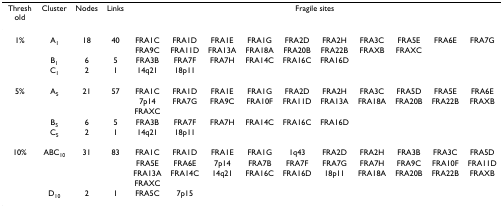
| Threshold | Cluster | Nodes | Links | <COLSPAN=10> Fragile sites |
 | --- | --- | --- | --- | --- | --- | --- | --- | --- | --- | --- | --- | --- | --- |
 | 1% | A1 | 18 | 40 | FRA1C | FRA1D | FRA1E | FRA1G | FRA2D | FRA2H | FRA3C | FRA5E | FRA6E | FRA7G |
 |  |  |  |  | FRA9C | FRA11D | FRA13A | FRA18A | FRA20B | FRA22B | FRAXB | FRAXC |  |  |
 |  | B1 | 6 | 5 | FRA3B | FRA7F | FRA7H | FRA14C | FRA16C | FRA16D |  |  |  |  |
 |  | C1 | 2 | 1 | 14q21 | 18p11 |  |  |  |  |  |  |  |  |
 | 5% | A5 | 21 | 57 | FRA1C | FRA1D | FRA1E | FRA1G | FRA2D | FRA2H | FRA3C | FRA5D | FRA5E | FRA6E |
 |  |  |  |  | 7p14 | FRA7G | FRA9C | FRA10F | FRA11D | FRA13A | FRA18A | FRA20B | FRA22B | FRAXB |
 |  |  |  |  | FRAXC |  |  |  |  |  |  |  |  |  |
 |  | B5 | 6 | 5 | FRA3B | FRA7F | FRA7H | FRA14C | FRA16C | FRA16D |  |  |  |  |
 |  | C5 | 2 | 1 | 14q21 | 18p11 |  |  |  |  |  |  |  |  |
 | 10% | ABC10 | 31 | 83 | FRA1C | FRA1D | FRA1E | FRA1G | 1q43 | FRA2D | FRA2H | FRA3B | FRA3C | FRA5D |
 |  |  |  |  | FRA5E | FRA6E | 7p14 | FRA7B | FRA7F | FRA7G | FRA7H | FRA9C | FRA10F | FRA11D |
 |  |  |  |  | FRA13A | FRA14C | 14q21 | FRA16C | FRA16D | 18p11 | FRA18A | FRA20B | FRA22B | FRAXB |
 |  |  |  |  | FRAXC |  |  |  |  |  |  |  |  |  |
 |  | D10 | 2 | 1 | FRA5C | 7p15 |  |  |  |  |  |  |  |  |